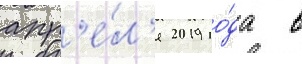
апр'е́л'я 2019 го́да в